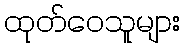
ထုတ်ဝေသူများ